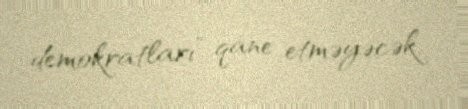
demokratları” qane etməyəcək.